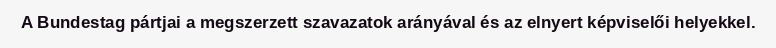
A Bundestag pártjai a megszerzett szavazatok arányával és az elnyert képviselői helyekkel.